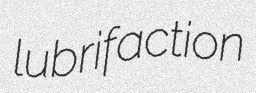
lubrifaction